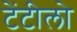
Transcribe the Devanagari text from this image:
टेंटीलो